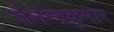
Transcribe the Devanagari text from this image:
जैनेन्द्रकुमार